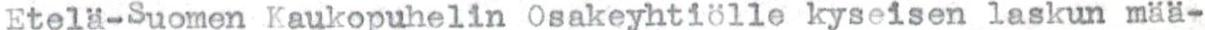
Etelä-Suomen Kaukopuhelin Osakeyhtiölle kyseisen laskun mää-